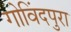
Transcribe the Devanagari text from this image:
गोविंदपुरा